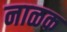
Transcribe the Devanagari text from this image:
नाळक